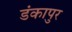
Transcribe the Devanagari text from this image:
डंकापुर